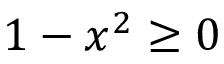
1 - x ^ { 2 } \ge 0